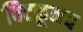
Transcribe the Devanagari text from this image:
चिटकूनच